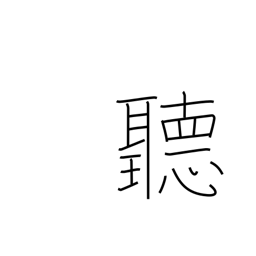
Meaning: careful enquiry